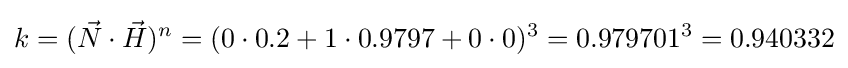
k=({\vec {N}}\cdot {\vec {H}})^{n}=(0\cdot 0.2+1\cdot 0.9797+0\cdot 0)^{3}=0.979701^{3}=0.940332